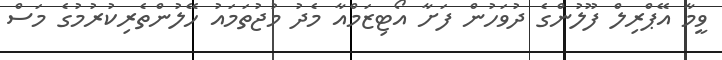
ވީމާ އޭޕްރިލް ފޫލުންގެ ދުވަހުން ފަށާ އޯޓިޒަމްއާ މެދު މުޖުތަމައު ހޭލުންތެރިކުރުމުގެ މަސް